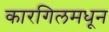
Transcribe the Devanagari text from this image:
कारगिलमधून